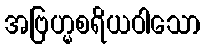
အဗြဟ္မစရိယဝါသော